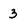
Character: 3